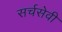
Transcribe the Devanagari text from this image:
सर्चसेवी